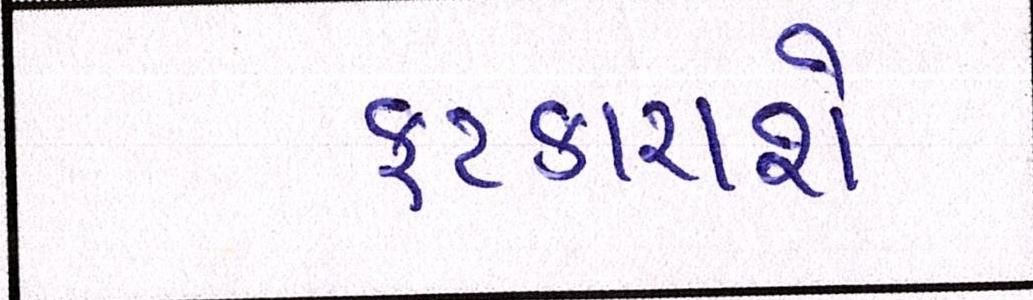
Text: ફટકારાશે